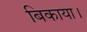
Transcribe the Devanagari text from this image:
बिकाया।